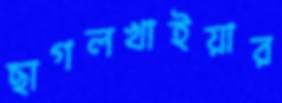
ছাগলখাইয়ার